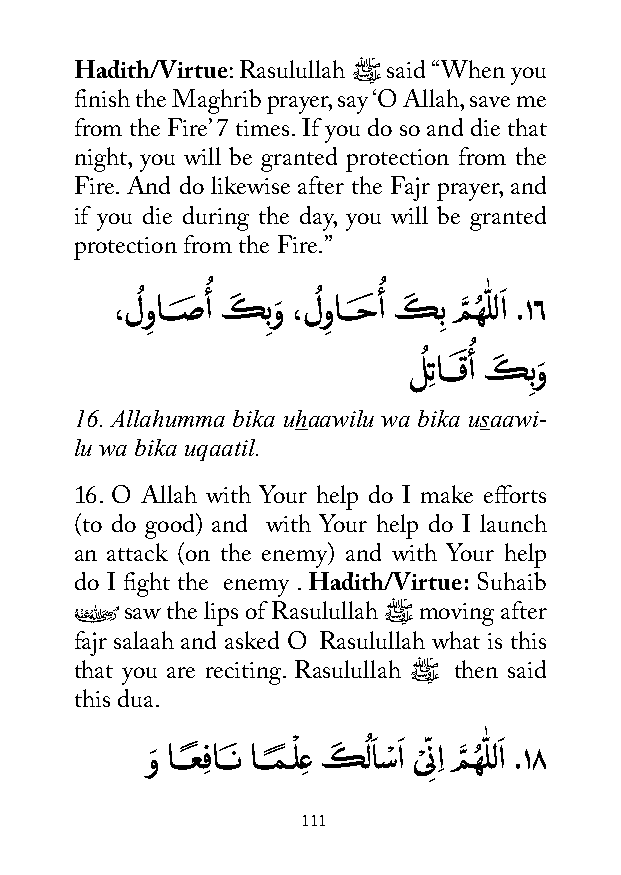
Hadith/Virtue: Rasulullah ﷺ said ‘‘When you
 finish the Maghrib prayer, say ‘O Allah, save me
 from the Fire’ 7 times. If you do so and die that
 night, you will be granted protection from the
 Fire. And do likewise after the Fajr prayer, and
 if you die during the day, you will be granted
 protection from the Fire.”
 ُ          ُ
 ،لُ و
 ِ
 اـــصَ أ كَ ِبوَ ،لُ و
 ِ
 اـــحَ أ كَ ِب مَّ هُ ّٰ للاَ .١٦
 ُ
 لُ ِتاـــقَ أ كَ ِبوَ
 16. Allahumma bika uhaawilu wa bika usaawi-
 lu wa bika uqaatil.
 16. O Allah with Your help do I make efforts
 (to do good) and with Your help do I launch
 an attack (on the enemy) and with Your help
 do I fight the enemy . Hadith/Virtue: Suhaib
 �ُ saw the lips of Rasulullah ﷺ moving after
 fajr salaah and asked O Rasulullah what is this
 that you are reciting. Rasulullah ﷺ then said
 this dua.
 وَ اـــعً ِفاـــَن اـــمً ـْ لِع كَ ُ لاَ سْ اَ ى ْ ّ ِناِ مَّ هُ ّٰ للاَ .١8
 111